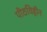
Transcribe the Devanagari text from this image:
पीठविहीन